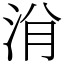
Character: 洕